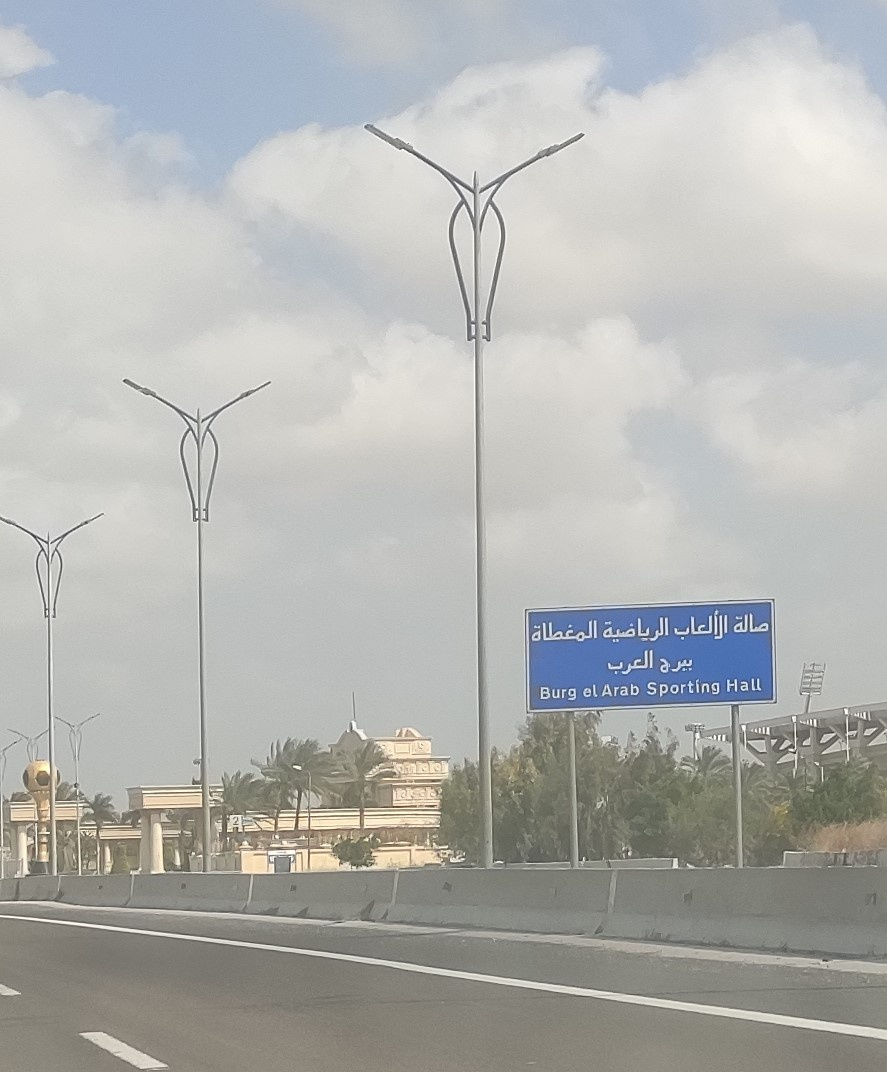
Text in image: صالة الألعاب الرياضية المغطاة العرب ببرج Hall Sporting elArab Burg